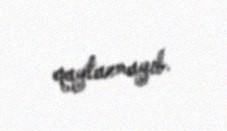
qaytarmayıb.